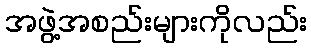
အဖွဲ့အစည်းများကိုလည်း